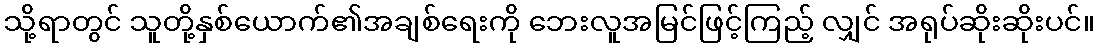
သို့ရာတွင် သူတို့နှစ်ယောက်၏အချစ်ရေးကို ဘေးလူအမြင်ဖြင့်ကြည့် လျှင် အရုပ်ဆိုးဆိုးပင်။